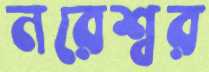
নরেশ্বর